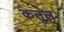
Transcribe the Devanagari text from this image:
कतूल